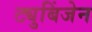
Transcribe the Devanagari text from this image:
ट्युबिंजेन